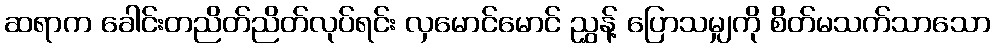
ဆရာက ခေါင်းတညိတ်ညိတ်လုပ်ရင်း လှမောင်မောင် ညွှန့် ပြောသမျှကို စိတ်မသက်သာသော